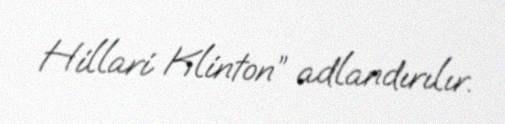
Hillari Klinton” adlandırılır.